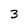
Character: 3